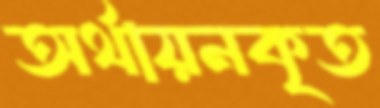
অর্থায়নকৃত